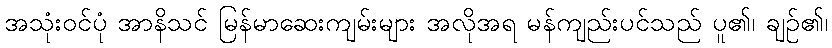
အသုံးဝင်ပုံ အာနိသင် မြန်မာဆေးကျမ်းများ အလိုအရ မန်ကျည်းပင်သည် ပူ၏၊ ချဉ်၏၊